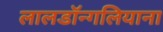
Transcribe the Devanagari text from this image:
लालडॉन्गलियाना